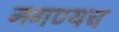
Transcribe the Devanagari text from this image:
नगण्यच